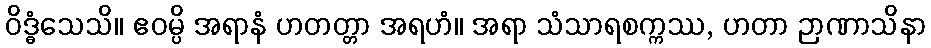
ဝိဒ္ဓံသေသိ။ ဧဝမ္ပိ အရာနံ ဟတတ္တာ အရဟံ။ အရာ သံသာရစက္ကဿ, ဟတာ ဉာဏာသိနာ